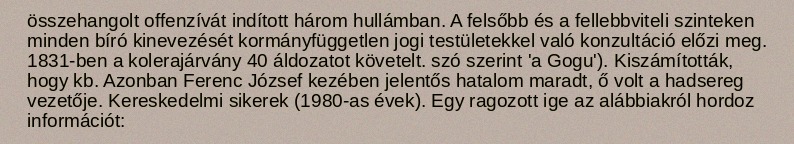
összehangolt offenzívát indított három hullámban. A felsőbb és a fellebbviteli szinteken minden bíró kinevezését kormányfüggetlen jogi testületekkel való konzultáció előzi meg. 1831-ben a kolerajárvány 40 áldozatot követelt. szó szerint 'a Gogu'). Kiszámították, hogy kb. Azonban Ferenc József kezében jelentős hatalom maradt, ő volt a hadsereg vezetője. Kereskedelmi sikerek (1980-as évek). Egy ragozott ige az alábbiakról hordoz információt: